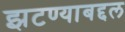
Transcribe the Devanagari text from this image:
झटण्याबद्दल